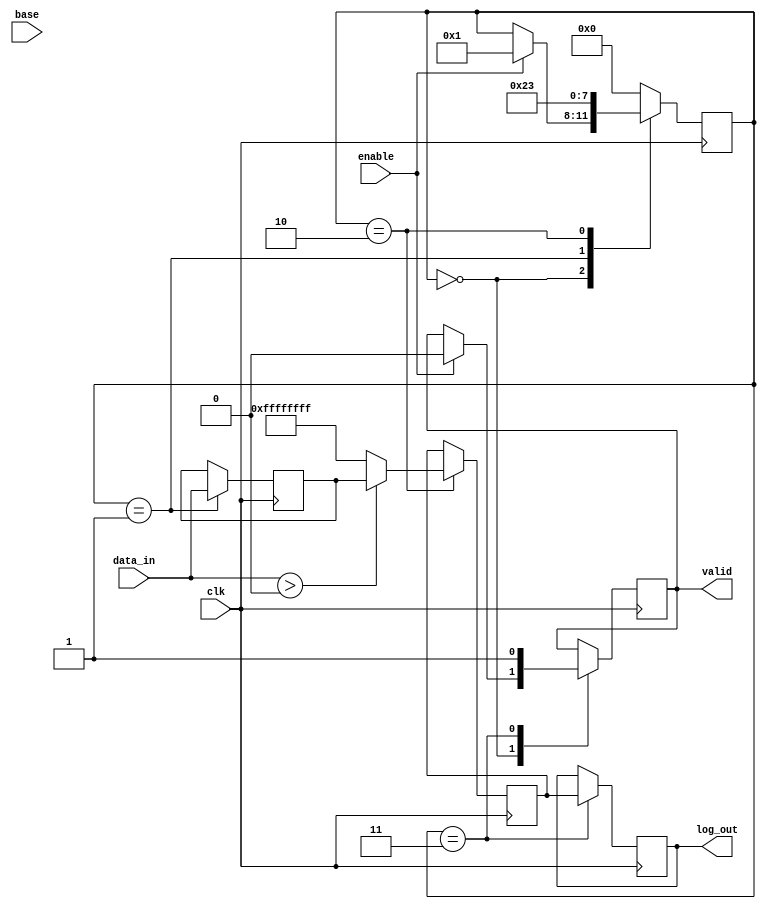
module LogarithmicUnit (
    input wire [31:0] data_in,  // Input data (fixed-point or floating-point)
    input wire [31:0] base,      // Base of the logarithm
    input wire enable,           // Control signal to initiate calculation
    input wire clk,              // Clock signal
    output reg [31:0] log_out,   // Computed logarithm value
    output reg valid             // Output valid signal
);

    // Internal signals
    reg [31:0] normalized_data;
    reg [31:0] log_value;
    reg [3:0] state; // State for control logic

    // State encoding
    localparam IDLE = 4'b0000,
               NORMALIZE = 4'b0001,
               CALCULATE = 4'b0010,
               OUTPUT = 4'b0011;

    // Logarithm calculation (simple approximation)
    function [31:0] log_approx;
        input [31:0] x;
        begin
            // Simple logarithm approximation using Taylor series or other methods
            // This is a placeholder for a real logarithm calculation
            log_approx = x; // Replace with actual calculation
        end
    endfunction

    // State machine for control logic
    always @(posedge clk) begin
        case (state)
            IDLE: begin
                if (enable) begin
                    state <= NORMALIZE;
                    valid <= 0;
                end
            end
            NORMALIZE: begin
                // Normalize input data (placeholder)
                normalized_data <= data_in; // Replace with actual normalization
                state <= CALCULATE;
            end
            CALCULATE: begin
                // Calculate logarithm
                if (data_in > 0) begin
                    log_value <= log_approx(normalized_data);
                end else begin
                    log_value <= 32'hFFFFFFFF; // Error code for undefined log
                end
                state <= OUTPUT;
            end
            OUTPUT: begin
                log_out <= log_value;
                valid <= 1;
                state <= IDLE; // Go back to IDLE
            end
            default: state <= IDLE;
        endcase
    end

    // Initialize state and valid signal
    initial begin
        state = IDLE;
        valid = 0;
        log_out = 0;
    end

endmodule